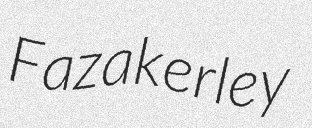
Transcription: Fazakerley